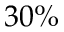
3 0 \%